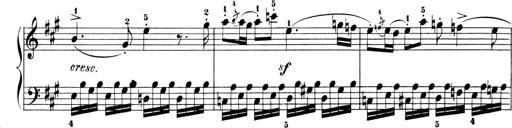
Title: 6 Piano Sonatinas
Composer: Cornelius Gurlitt